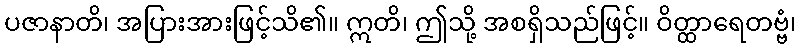
ပဇာနာတိ၊ အပြားအားဖြင့်သိ၏။ ဣတိ၊ ဤသို့ အစရှိသည်ဖြင့်။ ဝိတ္ထာရေတဗ္ဗံ၊